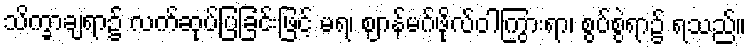
သိက္ခာချရာ၌ လက်ဆုပ်ပြခြင်းဖြင့် မရ၊ ဈာန်မဂ်ဖိုလ်ဝါကြွားရာ၊ စွပ်စွဲရာ၌ ရသည်။